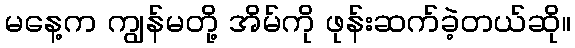
မနေ့က ကျွန်မတို့ အိမ်ကို ဖုန်းဆက်ခဲ့တယ်ဆို။